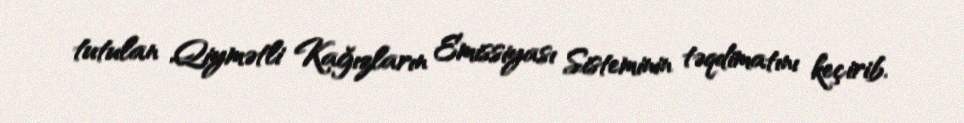
tutulan Qiymətli Kağızların Emissiyası Sisteminin təqdimatını keçirib.